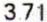
3.71